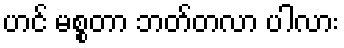
ဟင် မစ္စတာ ဘတ်တလာ ပါလား